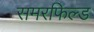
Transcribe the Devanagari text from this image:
समरफिल्ड